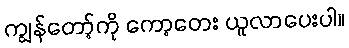
ကျွန်တော့်ကို ကော့တေး ယူလာပေးပါ။